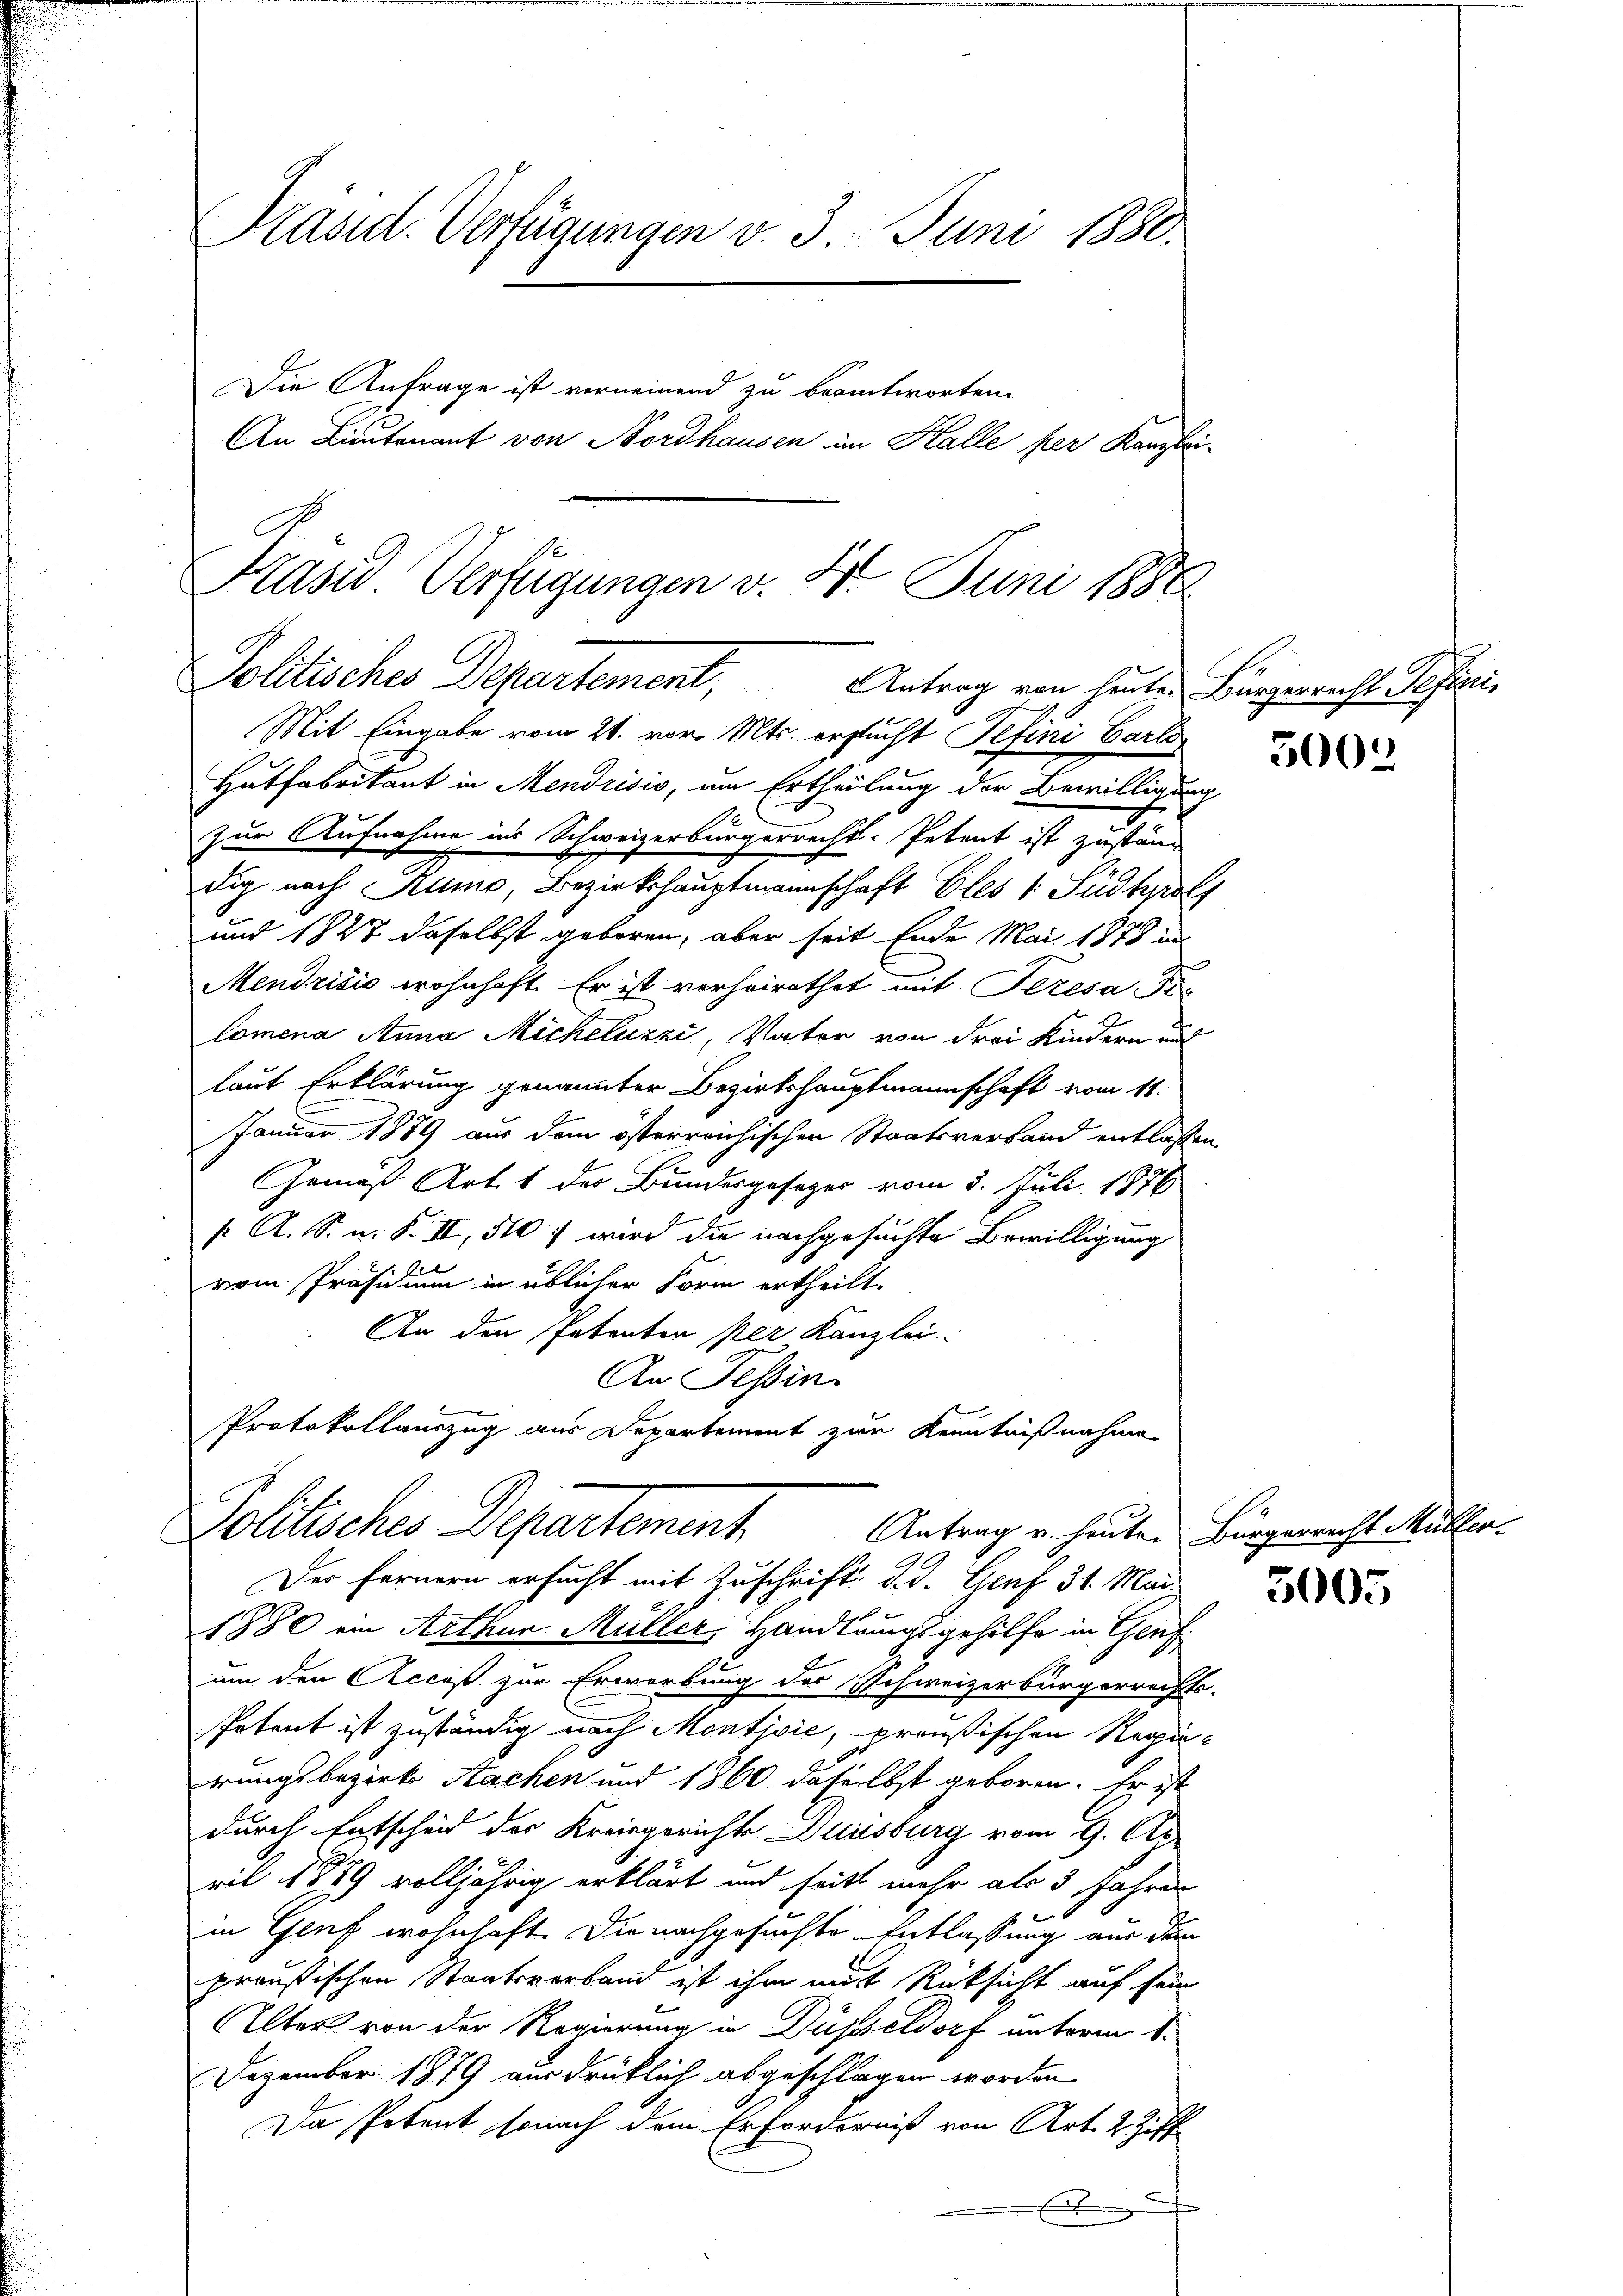
Präsid. Verfügungen v. 3. Juni 1880.
Die Anfrage ist verneinend zu beantworten.
An Lieutenant von Nordhausen im Halle per Kanzlei-

Präsid Verfügungen v. 2. Juni 1888
Politisches Departement, Antrag von heuten Bürgerricht defini¬
Mit Eingabe vom 21. vor. Mts. ersucht Pefini Carte

Hutfabrikant in Mendrisis, um Ertheilung der Bewilligung
zur Aufnahme ins Schweizerbürgerrecht-Petent ist zuständ
dig nach Rumo, Bezirkshauptmannschaft Eles 1 Südtirol
und 1827 daselbst geboren, aber seit Ende Mai 1878 in
Mendrisis wohnhaft. Er ist vorheirathet mit Peresa Fi-
lomena Anna Micheluzzi, Vater von drei Kindern auf
laut Erklärung genannter Bezirkshauptmannschaft vom 11.
Januar 1889 aus dem österreichischen Staatsverband entlassen,
Gemäß Art. 1 des Bundesgesezer vom 2. Juli 1876
 A. S. n. F. II, 510 f wird die nachgesuchte Bewilligung
el
vom Präsidium in üblicher Form ertheilt.
An den Intenten per Kanzlei-
An Tessin.
Protokollauszug aus Departement zur Kenntnißnahme

Zolitisches Departement

Der Fernern ersucht mit Zuschrift d.d. Genf 31. Mai
1880 ein Arthur Müller, Handlungsgehilfe in Genf
um den Acceß zur Erwerbung des Schweizerbürgerrechts-
Potent ist zuständig nach Montjvić, preußischen Regirungsbezirks Sachen und 1860 daselbst geboren. Er ist
durch Entscheid der Kreisgerichte Duisburg vom 9. Ap
ril 1889 volljährig erklärt und heits mehr als 3 Jahren
in Genf wohnhaft. Die nachgesuchte Entlassung aus dem
preußischen Staatsverband ist ihm mit Rüksicht auf sein
Alter von der Regierung in Düsseldorf unterm 1.
Dezember 1879 ausdrüklich abgeschlagen worden.
Da Petent sonach dem Erforderniß von Art. 2 Ziff
x

5002

Antrag u. heuten Bürgerrecht Müller
3005